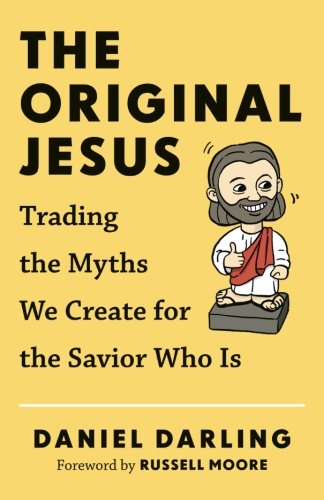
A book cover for The Original Jesus: Trading the Myths We Create for the Savior Who Is; Daniel Darling; Christian Books & Bibles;